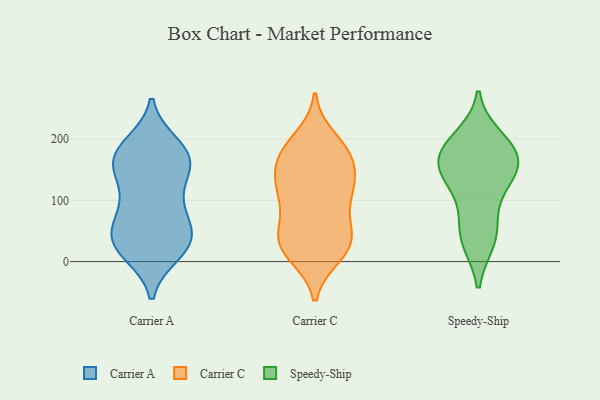
{"axis": {"x": "Active Users", "y": "Value"}, "legend": ["Carrier A", "Carrier C", "Speedy-Ship"], "data": [{"x": "", "y": 162, "type": "Carrier A"}, {"x": "", "y": 57, "type": "Carrier A"}, {"x": "", "y": 17, "type": "Carrier A"}, {"x": "", "y": 32, "type": "Carrier A"}, {"x": "", "y": 38, "type": "Carrier A"}, {"x": "", "y": 149, "type": "Carrier A"}, {"x": "", "y": 97, "type": "Carrier A"}, {"x": "", "y": 15, "type": "Carrier A"}, {"x": "", "y": 178, "type": "Carrier A"}, {"x": "", "y": 87, "type": "Carrier A"}, {"x": "", "y": 156, "type": "Carrier A"}, {"x": "", "y": 155, "type": "Carrier A"}, {"x": "", "y": 190, "type": "Carrier A"}, {"x": "", "y": 37, "type": "Carrier A"}, {"x": "", "y": 170, "type": "Carrier A"}, {"x": "", "y": 184, "type": "Carrier A"}, {"x": "", "y": 54, "type": "Carrier A"}, {"x": "", "y": 105, "type": "Carrier A"}, {"x": "", "y": 28, "type": "Carrier A"}, {"x": "", "y": 180, "type": "Carrier C"}, {"x": "", "y": 115, "type": "Carrier C"}, {"x": "", "y": 48, "type": "Carrier C"}, {"x": "", "y": 167, "type": "Carrier C"}, {"x": "", "y": 20, "type": "Carrier C"}, {"x": "", "y": 56, "type": "Carrier C"}, {"x": "", "y": 28, "type": "Carrier C"}, {"x": "", "y": 200, "type": "Carrier C"}, {"x": "", "y": 127, "type": "Carrier C"}, {"x": "", "y": 113, "type": "Carrier C"}, {"x": "", "y": 102, "type": "Carrier C"}, {"x": "", "y": 180, "type": "Carrier C"}, {"x": "", "y": 117, "type": "Carrier C"}, {"x": "", "y": 42, "type": "Carrier C"}, {"x": "", "y": 171, "type": "Carrier C"}, {"x": "", "y": 42, "type": "Carrier C"}, {"x": "", "y": 170, "type": "Carrier C"}, {"x": "", "y": 11, "type": "Carrier C"}, {"x": "", "y": 131, "type": "Carrier C"}, {"x": "", "y": 15, "type": "Carrier C"}, {"x": "", "y": 38, "type": "Speedy-Ship"}, {"x": "", "y": 35, "type": "Speedy-Ship"}, {"x": "", "y": 124, "type": "Speedy-Ship"}, {"x": "", "y": 177, "type": "Speedy-Ship"}, {"x": "", "y": 165, "type": "Speedy-Ship"}, {"x": "", "y": 184, "type": "Speedy-Ship"}, {"x": "", "y": 139, "type": "Speedy-Ship"}, {"x": "", "y": 200, "type": "Speedy-Ship"}, {"x": "", "y": 172, "type": "Speedy-Ship"}, {"x": "", "y": 139, "type": "Speedy-Ship"}, {"x": "", "y": 65, "type": "Speedy-Ship"}]}